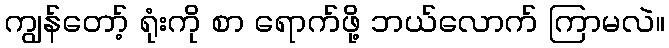
ကျွန်တော့် ရုံးကို စာ ရောက်ဖို့ ဘယ်လောက် ကြာမလဲ။